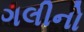
ગલીનો